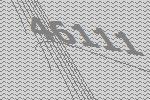
46111